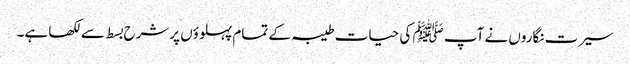
سیرت نگاروں نے آپ ﷺ کی حیات طیبہ کے تمام پہلوؤں پرشرح بسط سےلکھا ہے۔